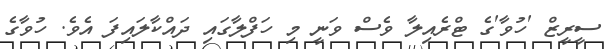
ސީރީޒް 'ހުވާ'ގެ ޓްރެއިލާ ވެސް ވަނީ މި ހަފްލާގައި ދައްކާލައިފަ އެވެ. ހުވާގެ